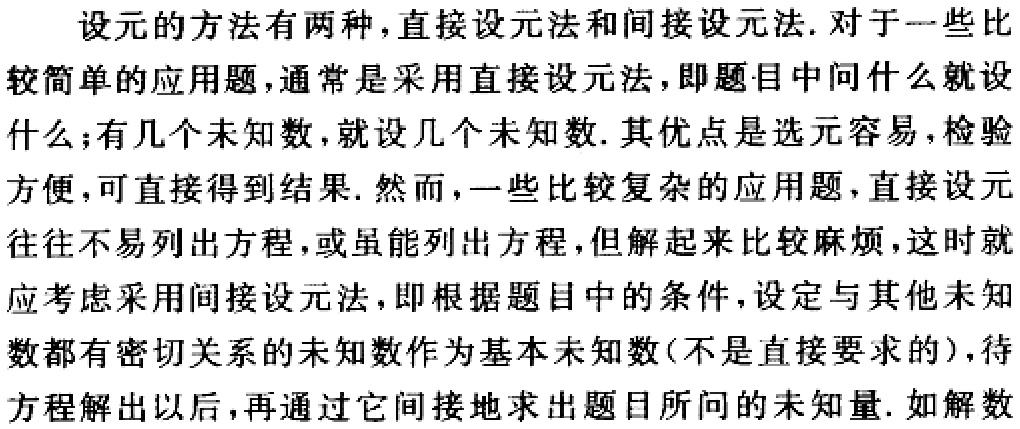
设元的方法有两种，直接设元法和间接设元法. 对于一些比较简单的应用题，通常是采用直接设元法，即题目中问什么就设什么；有几个未知数，就设几个未知数. 其优点是选元容易，检验方便，可直接得到结果. 然而，一些比较复杂的应用题，直接设元往往不易列出方程，或虽能列出方程，但解起来比较麻烦，这时就应考虑采用间接设元法，即根据题目中的条件，设定与其他未知数都有密切关系的未知数作为基本未知数(不是直接要求的)，待方程解出以后，再通过它间接地求出题目所问的未知量. 如解数